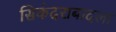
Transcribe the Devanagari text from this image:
सिकंदराबादला